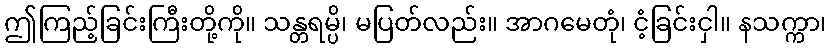
ဤကြည့်ခြင်းကြီးတို့ကို။ သန္တရမ္ပိ၊ မပြတ်လည်း။ အာဂမေတုံ၊ ငံ့ခြင်းငှါ။ နသက္ကာ၊